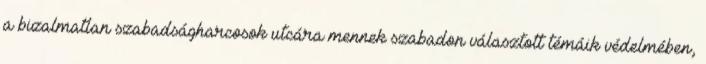
a bizalmatlan szabadságharcosok utcára mennek szabadon választott té­máik védelmében,